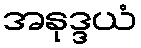
အနုဒ္ဒယံ